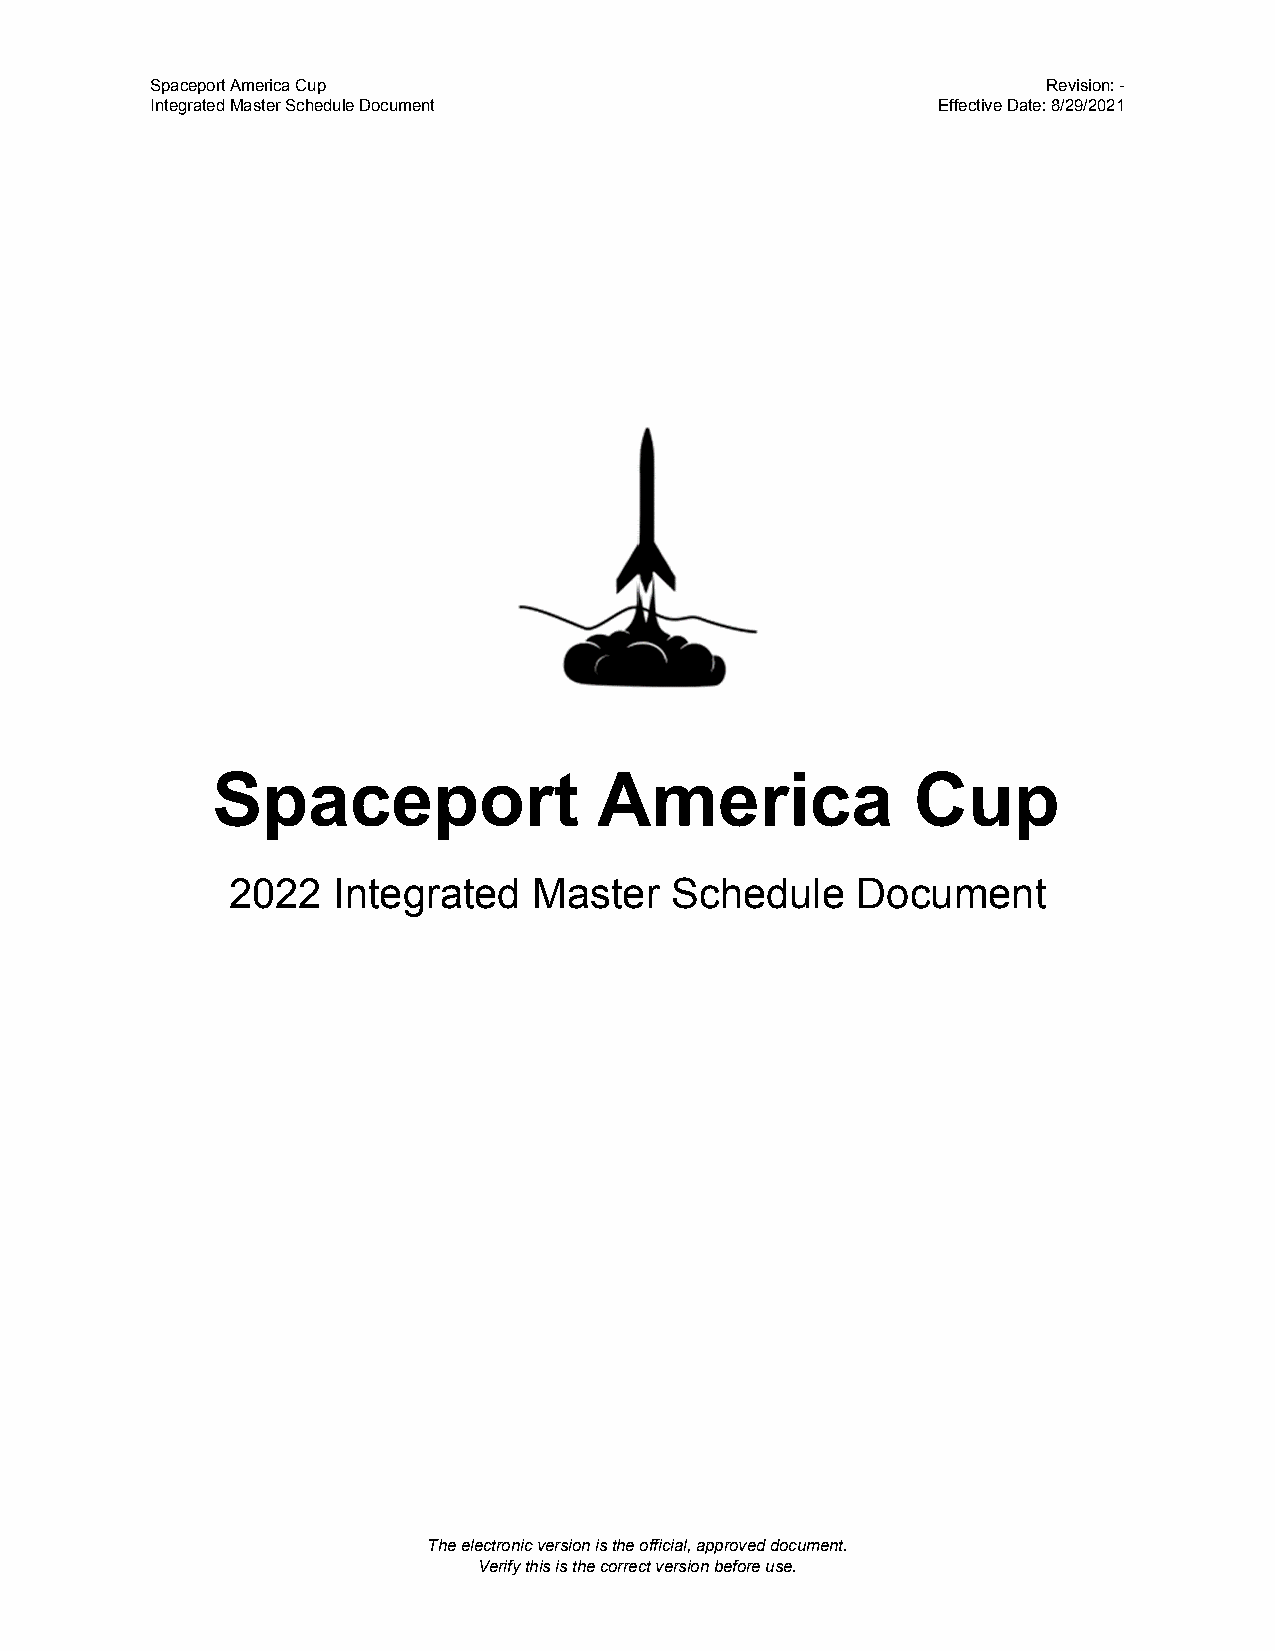
Spaceport America Cup                                      Revision: -
 Integrated Master Schedule Document                 Effective Date: 8/29/2021
 Spaceport                 America              Cup
 2022   Integrated   Master   Schedule     Document
 The electronic version is the official, approved document.
 Verify this is the correct version before use.